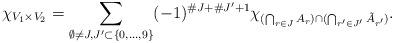
LaTeX: \begin{align*} \chi_{V_1\times V_2}=\sum_{\emptyset\ne J,J'\subset \{0,\dots, 9\}}(-1)^{\#J+\#J'+1} \chi_{(\bigcap_{r\in J}A_r)\cap( \bigcap_{r'\in J'}\tilde A_{r'}) }.\end{align*}